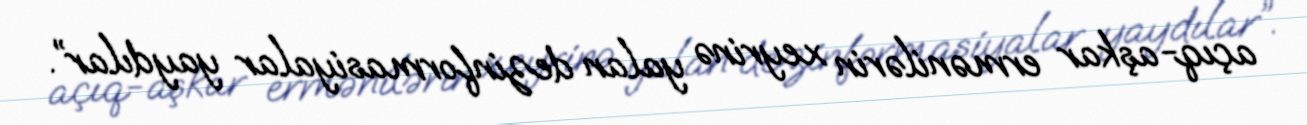
açıq-aşkar ermənilərin xeyrinə yalan dezinformasiyalar yaydılar”.